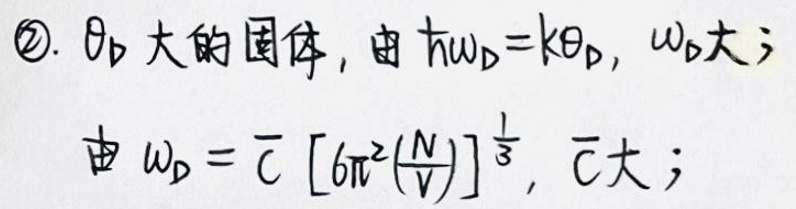
\textcircled{2}. 晶体的固体，由\(\hbar\omega_D = k\theta_D\)，\(\omega_D\)大；

由\(\omega_D = \bar{c}\left[6\pi^2\left(\frac{N}{V}\right)\right]^{\frac{1}{3}}\)，\(\bar{c}\)大；